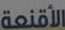
الأقنعة